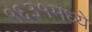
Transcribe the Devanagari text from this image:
१६३१मध्ये